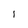
Character: i